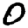
Digit: 0